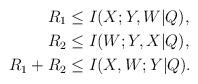
LaTeX: \begin{align*}R_1 &\le I(X; Y,W|Q),\\R_2 &\le I(W; Y,X|Q),\\R_1 + R_2 &\le I(X,W; Y|Q).\end{align*}